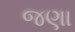
જણા